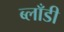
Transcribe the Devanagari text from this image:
ब्लाँडी